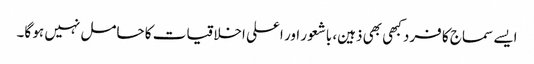
ایسے سماج کا فرد کبھی بھی ذہین، باشعور اور اعلی اخلاقیات کا حامل نہیں ہو گا۔